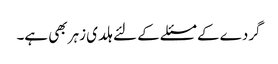
گردے کے مسئلے کے لئے ہلدی زہر بھی ہے۔